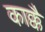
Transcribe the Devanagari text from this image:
काक्कै